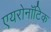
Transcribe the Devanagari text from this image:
एयरोनॉटिक